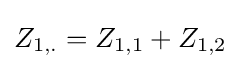
Z_{1,.}=Z_{1,1}+Z_{1,2}